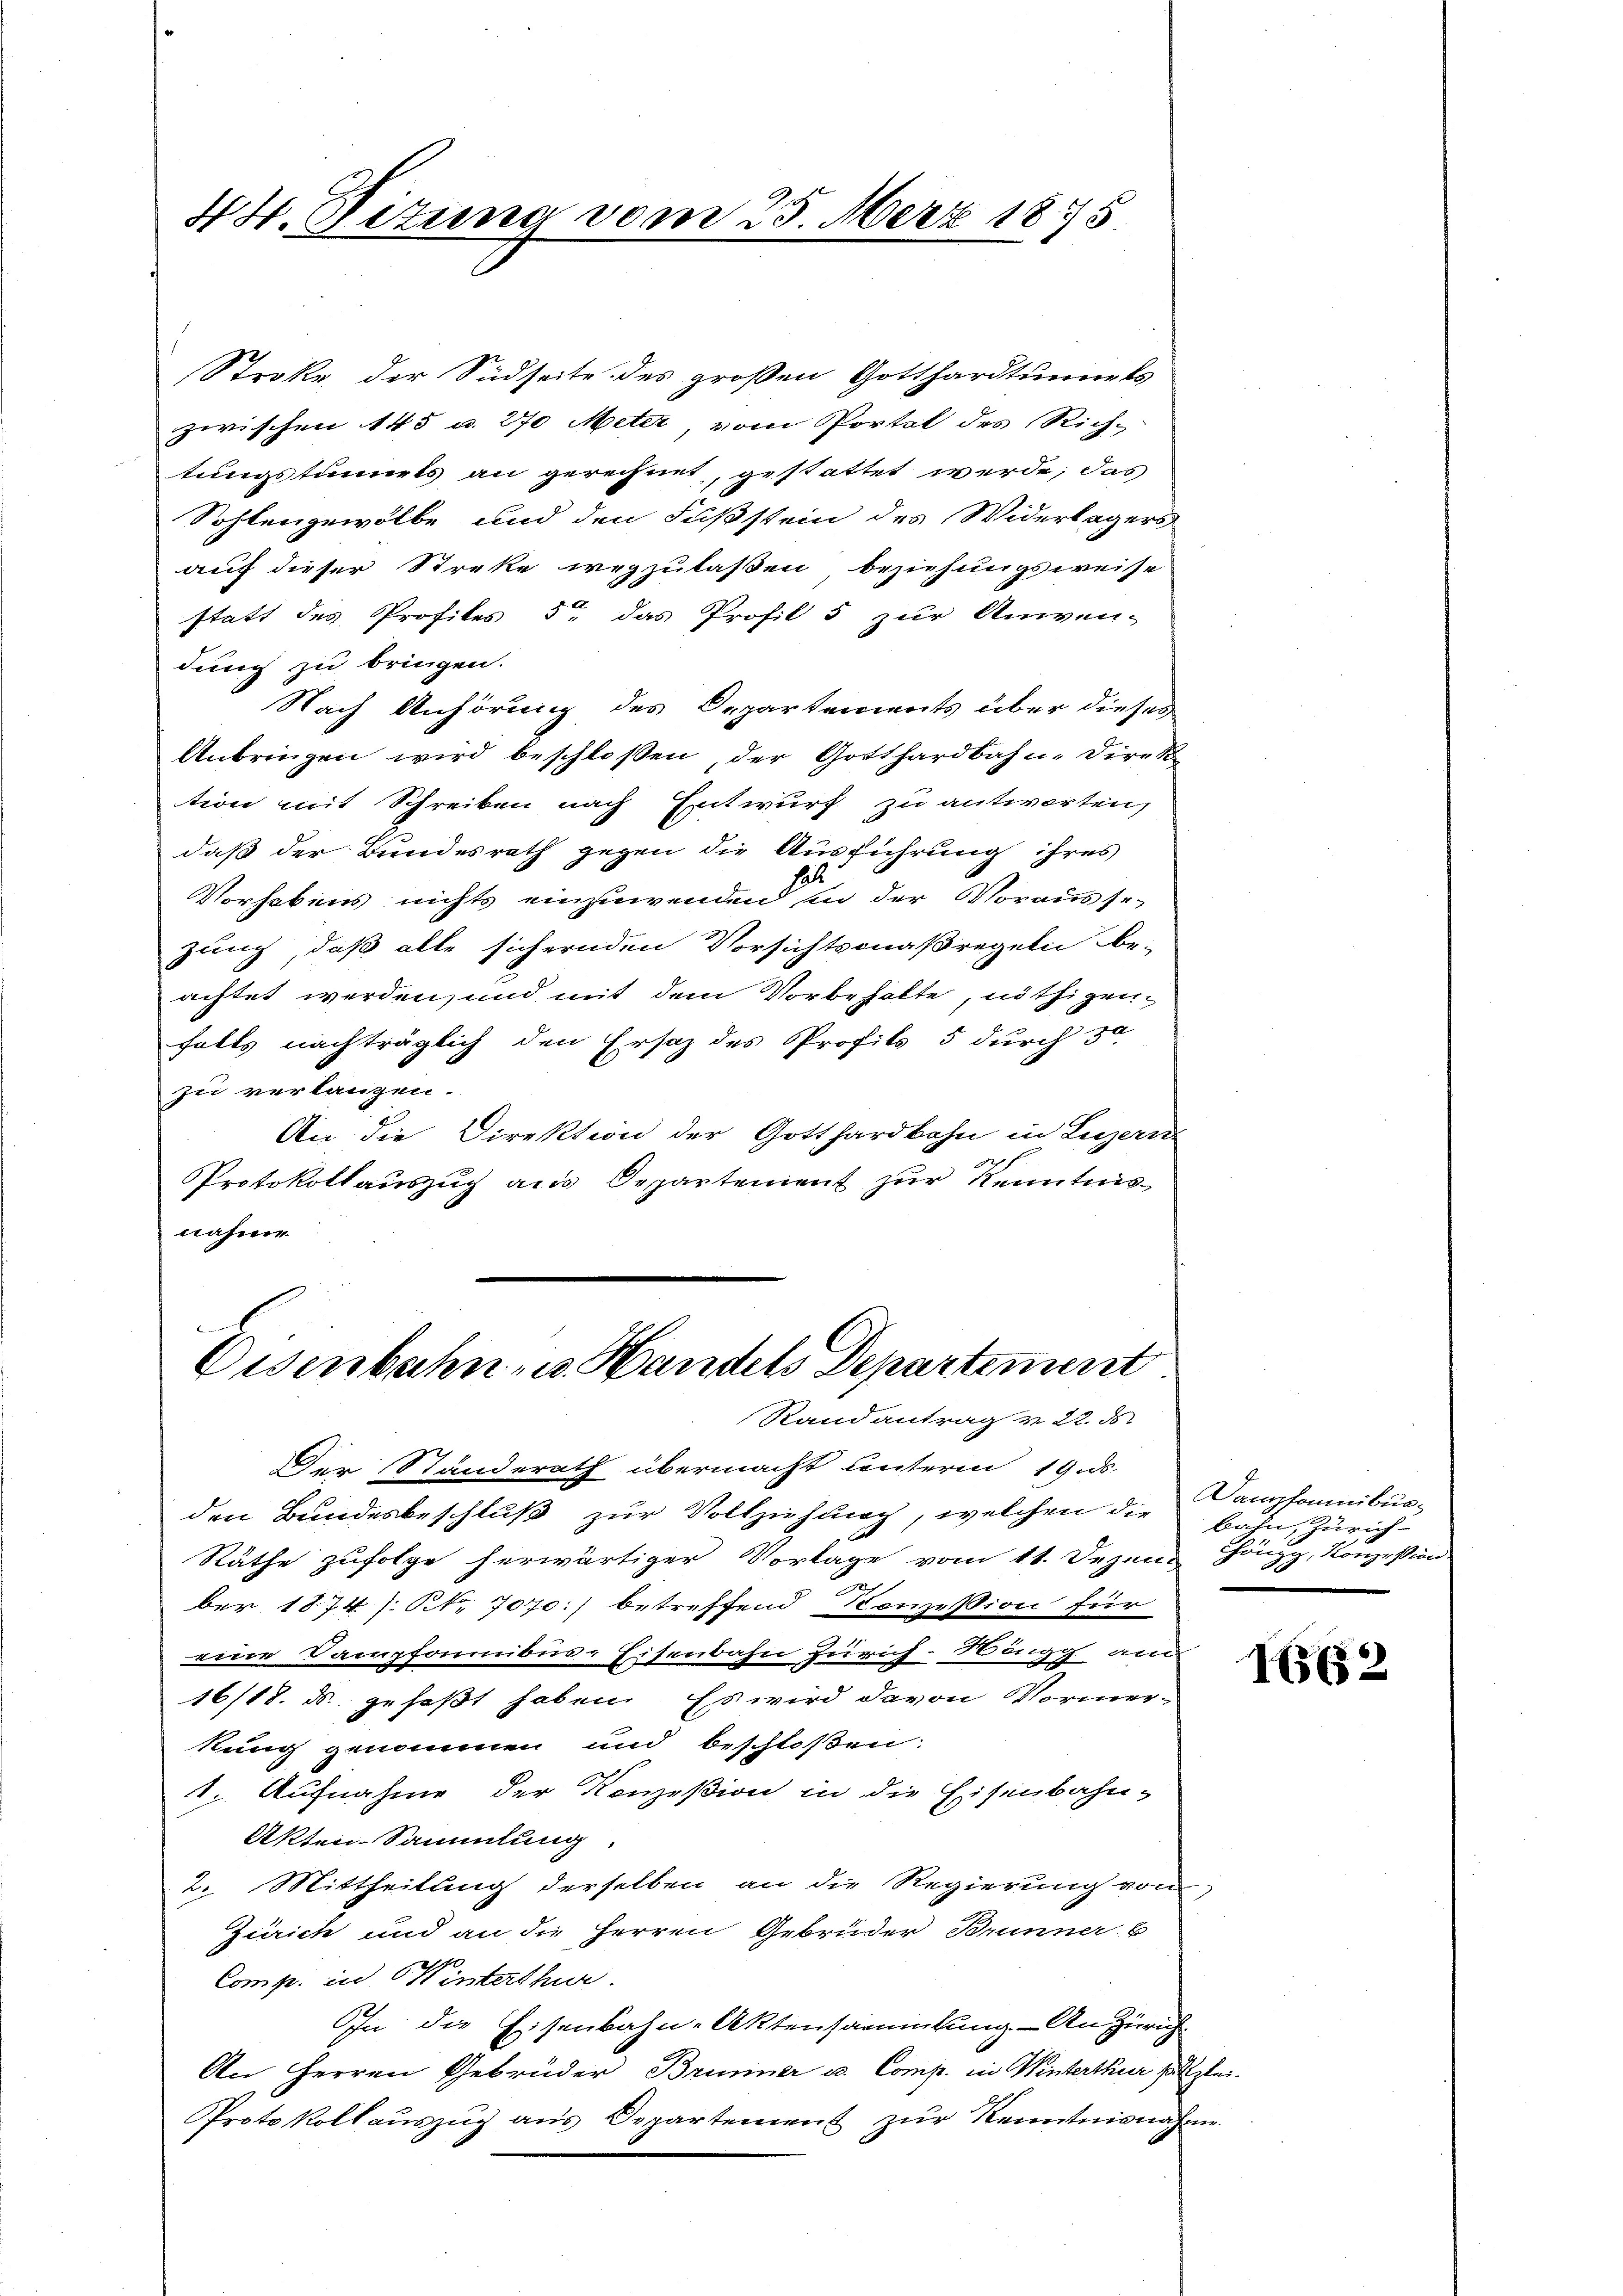
Stroke der Südseite des großen Gotthardtunnels
zwischen 145 u. 270 Meter, vom Portel des Rich-
tungstunnels an gerechnet, gestattet werde, das
Sohlengewölbe und den Fußstein des Widerlagers
auf dieser Streke wegzulaßen beziehungsweise
statt des Profiles 5 das Profil 5 zur Univen-
dung zu bringen.
Nach Anhörung des Departements über dieses
Anbringen wird beschloßen, der Gotthardbahn-Direk
tion mit Schreiben nach Entwurf zu antworten,
daß der Bundesrath gegen die Ausführung ihres
Vorhabens nichts einzuwenden in der Voraussezung, daß alle sichernden Vorsichtsmaßregeln be-
achtet werden, und mit dem Vorbehalte, nöthigenfalls nachträglich den Ersatz des Profils 5 durch 30
zu verlangen.
An die Direktion der Gotthardbahn in Luzern
Protokollauszug aus Departement zur Kenntnisnahme

44. Dizung vom 25. März 1875

Disenbahn, u. Handels Departement
Randantrag v. 22. d.

Der Standerath übermacht unteren 19. ds.
den Bundesbeschluß zur Vollziehung, welchen die Bahn, Zürich¬
Räthe zufolge herwärtiger Vorlage vom 11. Dezem Höngg, Konzessin
ber 1874 /: NNo. 7070:) betreffend Konzession für
wach und
eine Dampfannibus-Eisenbahn Zürich. Wen
16/18. ds. gefaßt haben. Es wird davon Vormerkung genommen und beschloßen:
1. Aufnahme der Konzeßion in die Eisenbahn-
Akten Sammlung.
2. Mittheilung derselben an die Regierung vom
Zürich und an die Herren Gebrüder Brunner b
Comp. in Winterthur.
In die Eisenbahn-Aktensammlung. - An Zürich
An Herren Gebrüder Brunner u. Comp. in Winterthur salzlei.
Protokollauszug aus Departement zur Kenntnisnahme

Dampfaumbur¬

162